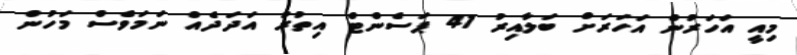
މިއީ އަހަރުން އަހަރަށް ބަލާއިރު 41 ޕަސެންޓް އިތުރު އަދަދެއް ނަމަވެސް މަހުން